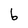
Character: b